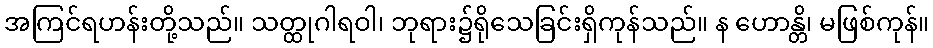
အကြင်ရဟန်းတို့သည်။ သတ္ထုဂါရဝါ၊ ဘုရား၌ရိုသေခြင်းရှိကုန်သည်။ န ဟောန္တိ၊ မဖြစ်ကုန်။